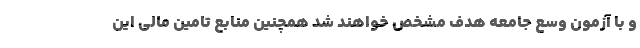
و با آزمون وسع جامعه هدف مشخص خواهند شد همچنین منابع تامین مالی این